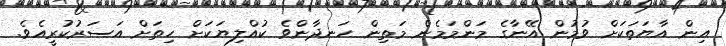
އިން އާޔަތަކަށް ވުމުން އޭނާގެ މަންމަމެން މަތިން ހަނދާންވެ ކުއްލިޔަކަށް ހިތަށް އަސަރުކުރީއެވެ.